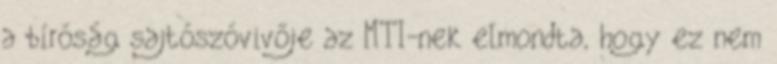
a bíróság sajtószóvivője az MTI-nek elmondta, hogy ez nem